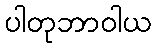
ပါတုဘာဝါယ